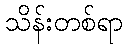
သိန်းတစ်ရာ